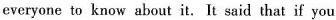
everyone to know about it. It said that if you